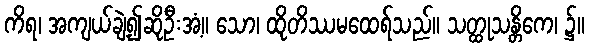
ကိရ၊ အကျယ်ချဲ့၍ဆိုဦးအံ့။ သော၊ ထိုတိဿမထေရ်သည်။ သတ္ထုသန္တိကေ၊ ၌။